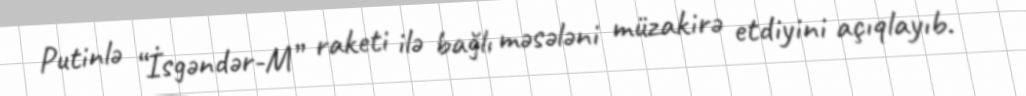
Putinlə “İsgəndər-M” raketi ilə bağlı məsələni müzakirə etdiyini açıqlayıb.